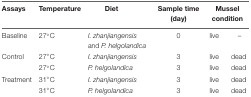
<table><thead><tr><td><b>Assays</b></td><td><b>Temperature</b></td><td><b>Diet</b></td><td><b>Sample time (day)</b></td><td colspan="2"><b>Mussel condition</b></td></tr></thead><tbody><tr><td>Baseline</td><td>27°C</td><td><i>I. zhanjiangensis</i> and <i>P. helgolandica</i></td><td>0</td><td>live</td><td>–</td></tr><tr><td>Control</td><td>27°C</td><td><i>I. zhanjiangensis</i></td><td>3</td><td>live</td><td>dead</td></tr><tr><td></td><td>27°C</td><td><i>P. helgolandica</i></td><td>3</td><td>live</td><td>dead</td></tr><tr><td>Treatment</td><td>31°C</td><td><i>I. zhanjiangensis</i></td><td>3</td><td>live</td><td>dead</td></tr><tr><td></td><td>31°C</td><td><i>P. helgolandica</i></td><td>3</td><td>live</td><td>dead</td></tr></tbody></table>